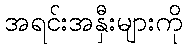
အရင်းအနှီးများကို